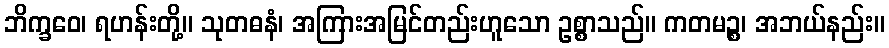
ဘိက္ခဝေ၊ ရဟန်းတို့။ သုတဓနံ၊ အကြားအမြင်တည်းဟူသော ဥစ္စာသည်။ ကတမဉ္စ၊ အဘယ်နည်း။